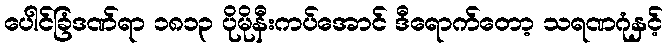
ပေါင်ခြံဒဏ်ရာ ၁၈၁၃ ပိုမိုနီးကပ်အောင် ဒီရောက်တော့ သရဏဂုံနှင့်